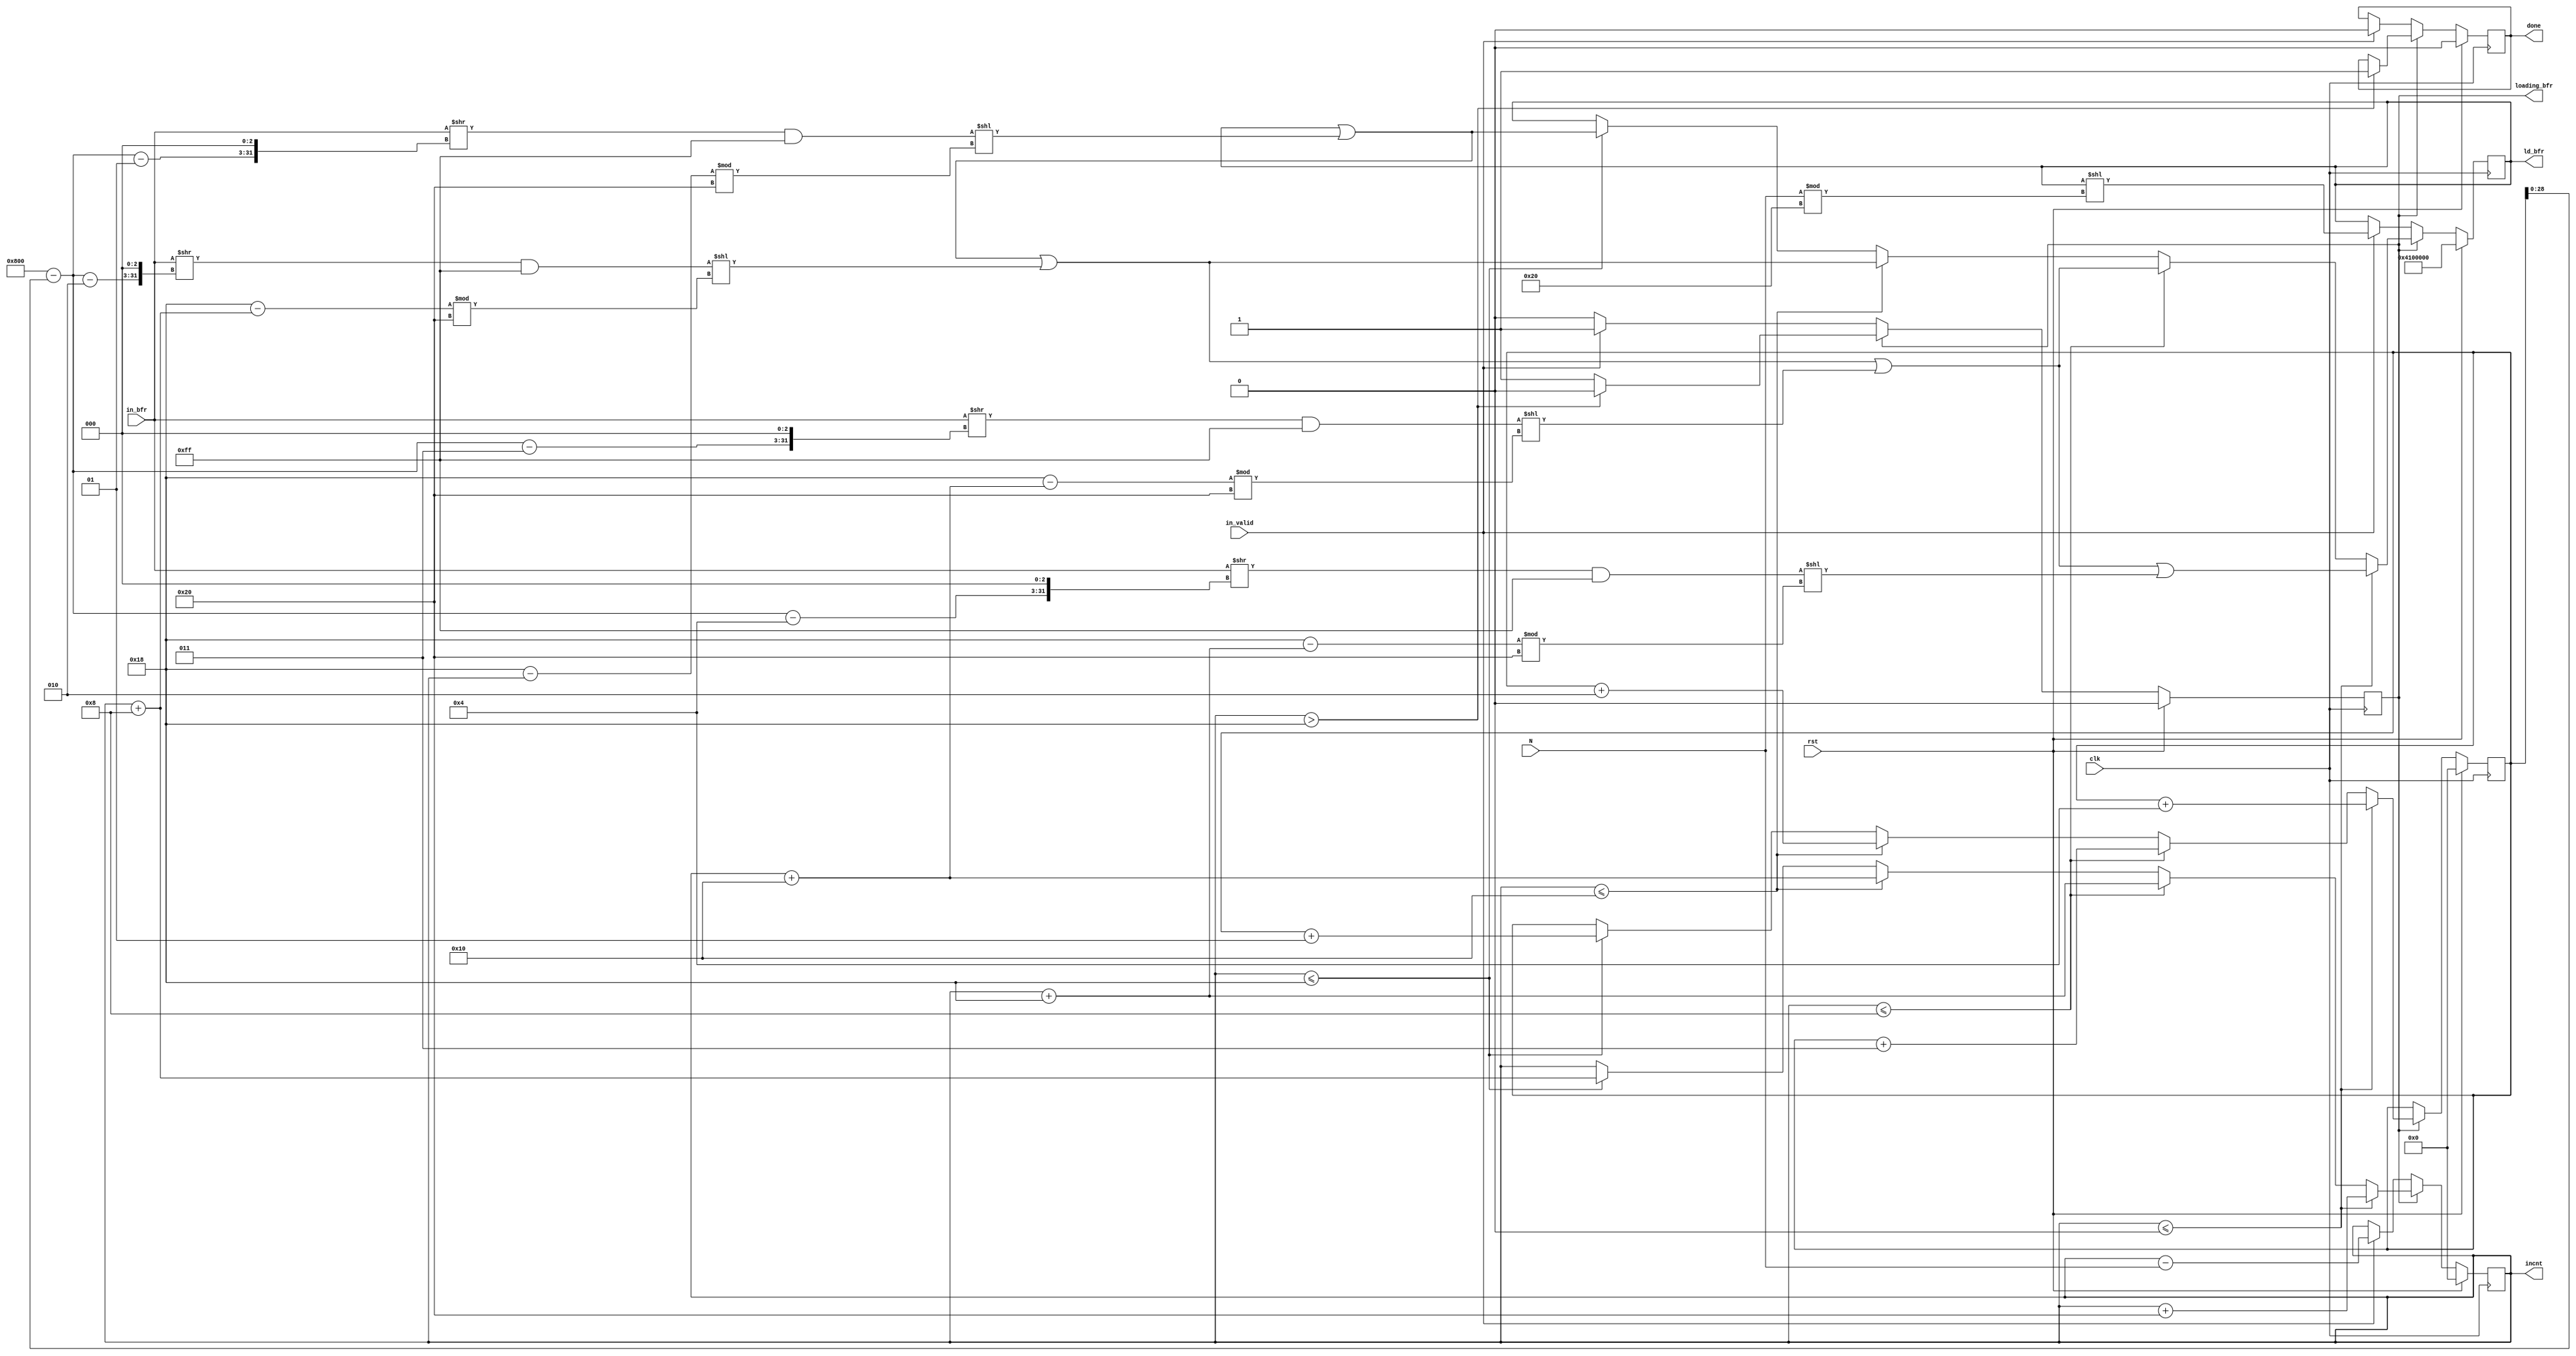
module flushbuffer#(
  parameter BYTES = 2048
)(
  clk, 
  rst,
  N,
  in_valid,  
  in_bfr,
  loading_bfr,
  ld_bfr, 
  incnt,
  done
);
  localparam BITS = BYTES << 3;

  input wire clk;
  input wire rst;

  input wire [31:0] N;
  input wire in_valid;
  input wire[BITS - 1:0] in_bfr;

  output reg loading_bfr;
  output reg[31:0] ld_bfr;
  output reg signed [31:0] incnt;
  output reg done;

  
  integer bytes_read;

  wire [31:0] byte0, byte1, byte2, byte3;
  
 
  always @(posedge clk) begin
    $display("in_valid: %d, bytes_read: %d, lb: %h", in_valid, bytes_read, ld_bfr);
    //$display("%d, %d, %d, %d", byte0, byte1, byte2, byte3);
    //$display("inbfr: %h", in_bfr);


    if (rst) begin
      //$display("rst");
      ld_bfr <= 32'h4100000;
      incnt <= 32'b0;
      done <= 1'b0;

      bytes_read <= 32'b0;
      loading_bfr <= 1'b0;
    end
    else if (loading_bfr) begin
      if (incnt > 24) begin
      //  $display("Perhaps done loading");

        done <= 1'b1;
        loading_bfr <= 1'b0;
      end
      
      $display("incnt: %d", incnt);

      if (incnt <= 0) begin
        ld_bfr <= ld_bfr | (byte0 << ((24 - incnt) % 32)) | (byte1 << ((24 - (incnt + 8)) % 32)) | (byte2 << ((24 - (incnt + 16)) % 32)) | (byte3 << ((24 - (incnt + 24)) % 32));

        incnt <= incnt + 32;
        bytes_read <= bytes_read + 4;

      end
      else if (incnt <= 8) begin
        ld_bfr <= ld_bfr | (byte0 << ((24 - incnt) % 32)) | (byte1 << ((24 - (incnt + 8)) % 32)) | (byte2 << ((24 - (incnt + 16)) % 32));

        incnt <= incnt + 24;
        bytes_read <= bytes_read + 3;
      end
           else if (incnt <= 16) begin
             ld_bfr <= ld_bfr | (byte0 << ((24 - incnt) % 32)) | (byte1 << ((24 - (incnt + 8)) % 32));

             incnt <= incnt + 16;
             bytes_read <= bytes_read + 2;
           end

                else if (incnt <= 24) begin

                  ld_bfr <= ld_bfr | (byte0 << ((24 - incnt) % 32));

                  incnt <= incnt + 8;
                  bytes_read <= bytes_read + 1;                  
                end

    end
    else if (in_valid) begin // this should be last
      $display("starting new flush for N: %d", N);
      // TODO: figure out how to mark inCnt as invalid
      // also deal with clock cycle delay between assigning incnt and getting incnt...
      //$display("incnt: %d, (N mod 32): %d", incnt, N % 32);
      ld_bfr <= (ld_bfr << (N % 32));
      incnt <= incnt - N;
      loading_bfr <= 1'b1;      
      done <= 0;
    end

  end // always @ (posedge clk)
  assign byte0 = (in_bfr >> ((BYTES - bytes_read - 1) << 3)) & 32'hff;
  assign byte1 = (in_bfr >> ((BYTES - bytes_read - 2) << 3)) & 32'hff;
  assign byte2 = (in_bfr >> ((BYTES - bytes_read - 3) << 3)) & 32'hff;
  assign byte3 = (in_bfr >> ((BYTES - bytes_read - 4) << 3)) & 32'hff;

endmodule

/*
// INITIALIZE FLUSH_BUFFER WITH IN_INCNT AS 0.
// in_incnt should be a reg that gets set to out_incnt from top module whenever
// flushbuffer = done
module test_flush_buf(input wire clk);

  reg rst;
  reg [31:0] N;
  reg in_valid;
  reg [16383:0] in_bfr;
  reg loading_bfr;
  reg [31:0] out_ld_bfr;
  reg [31:0] out_incnt;
  reg done;

  reg [4:0] state;


  integer ctr;


  initial begin
    in_bfr = 16384'h006878304820a0c0c04038f8f85888e0c8d0b0486028b8a0202078a8402048b8d8f000d8c0407030a09828b02020f8c86818d8f080b048e8f0b8307830c040a8a080a0a0e8d06878e87808b878c840a0c8e040a8287850681000087890885090481880d8d81850104020c870809058187078206848b01810b83818c8989830308850f008d8c8f020a870303828c0e82030e8e8200058d018f0487860f888e0d008b8c0905830908870c060f0c8a0b8a01830d09880b8b89090a8f090a0a8303018c89078d0386048305850c8f8d0f828887020080850c02820e038c0c83838e8c8507808b8d8e850a88020d88868f8a8f808c0a8c038f0c0d0887830e070a850c060507878107830a8a8a0e080184818f8f098a0d038c0385880c08880d0702840c020b05038a8d018a8a8f8f088602038b808881000b028002068a03858e83800f0b8e85820b000d8f8b828105008d040e048284848905090788840b8a088103068e8686848d048c0b82838e848a05098e8f820e02800a8186070a0980820a068d02018f808f8907810c05898b0c8a098a060a8f010f8b018d8003850f860088020c06830d0f0b8805038c00070b0306038183818201860500040703018583898e0a0c0b848f88008086868c8308888d0905028886008d0a068a0504060b09008385858d07830f0f060f8c06880f81868484078f8c030c020509010506070b83850f8e80028f838c020c060f83088e05000c0806878d08000b0d808c0601028b860204850c06868880010a018683008189878804820b0706878102090a038f000e8b81810d0c8f0c8c8687018d080a8f840987840e080d078d810983090f05090e030a0c0f800807880a0e8a8d0707068b808c038b02860404868d898d85098b8d820382040f098f0a88808e8a88058488008c03078702090d0c0d810b0a8a0a858883808400050d868405058d04050c81878a0504838d8183848284800388838c84888584888f000b0b098c0f8e0f0480870e8c8781000283040482088689810f0b850009820b0807800a02840702850309060a8009848b8885898b830589860d8f0b8c888406870e800d0b08070f890f878700078f058585808f8500840d8f038389070d0904810a088d8b0703808a8684828b05828781828386828a0e8a0189090e87890706088b0088070b86078407000b85048b850904878c8a8201800904818f8189848800008e02048483070e810f0184020e878a8c89870089000787000709048a018d87080e09868882800109030f88830405898d0f81070e0b8a828a840f89068c8909810a8c0f0604888d8880020c070f0a0f8b81030e858a01068b0908818f0b8a008102038b090a8a838585868f8b860208058e0f02078d8880848506878982060e850e81850c8d0d8b8103828d8d08078101050c89068a0481888b020c07888501058d0a010e8281890d0201058c030b09818a0205018f050a098a080505828b8d09030c8c830709068e090e0c808e0f02098e8100850b828b8f84008e810585808788030f058406868f860f0c098d03898f08808d81870a8588850e088982818f8d8988860e040503838480818409018d0d8807860a8789870e88850486098d048d840787830e848b8b030e8c8b878487080f8a0a8d89850b0703098704028c8e850a038d8c0a8482840d020e0f01868e8f0a818f820509890a0707860f040a0f8f89830705880e8f0f0e8a8782098b068105098f0e080103020d80868f8b8d0d87850d080387028b810e0a898f83890a8e008a8508898306000b858c018108000b098286048c000208018f030f8b07810a8e04808c830b070e0a00898401010f0e040908050b828e8c870f81870b0808038289818b878684840c830e00038e820f0b8686820c0c8c8409848d8d85000500000a0782888f0207898d838701018087868c090b008106068a850c0e870703858b0f020b0f850b018e0c008b0a810e8f810106880e80020f07020b8b838e850901048f0d040b0f010881050c01848d83850d82090481840f800e0482088e8f04820588068100820c0e00898f8e000b0301068d8b018f0c850f8d080c84808988050785098e8c8a85810b0e82848d0e870f07050b0b010487820b8e05018b000d01038701078a018d88088c098f878a038c0e0008870700808b8a858a078a0f0a82028a858081018686830f888489080a0d858f078e848c0c8f8c030f068d02868108050e0e03838782818b010b818b0e0a810b86888c8a8d078c8e028d01070a0c0e04028e87818e8a85058906848c070007068e0e8a070d0b0d838e0e0a06838b0d8c018d0082838f80878b88028a838b8c0886048d80840483810b0901080b088d07810b8e0a0d89058d0c8906098c8e0d0f0780868b870a8c8704800c000287888702898389020e0f020c038c8108868c0c000000008e868f058c008a8d8d0b8e0f0489848a8b8b0d830905020b8d070a05858089090789830c8a87008a0d8f080688090f840a888f0a03888d85038c02040805020206058c89848a01080c8a09070107098388838d80818c090b0c830482848f07878a0509890d8e0982890a058b8b8c08000c84870d0f8980098082810a89840b05818e8882098e8d0c0f08800e8c808d868b840c00860b878d05010408888480870b8f878880838e8d0601040a8703020b8e0485880b848a8e0d8a0e840a83098409810c8a83890c04078a80880d8100868208060a0588860381080385810d0c81860f020e8c068a82800c028c860b80848d868e870f80808f8c0982000a8e850f8400818502060f0e830501090c81030582870e858a838a0e81080f83050c8a89848d8e048d098c000e03088a8601098;
    rst = 1'b1;
    ctr = 32'b0;
    in_valid = 0;
    state = 0;

  end

  always @(posedge clk) begin
    ctr <= ctr + 1;
    //$display("ctr: %d, loading_bfr: %d", ctr, loading_bfr);


    if (rst) begin 
      rst <= 1'b0;
      in_valid <= 1'b0;

    end


    if (ctr == 1) begin
      $display("Eventually I get here");

      in_valid <= 1'b1;
      //N <= 32'd5;
      N <= 32'b0;

      state <= 1;

    end


    else if (loading_bfr) begin
      //$display("loading_bfr: %d", loading_bfr);

      in_valid <= 1'b0;
      
    end

    if (ctr > 10) $finish(1);

  end


  flushbuffer fb(.clk(clk), 
                 .rst(rst), 
                 .N(N), 
                 .in_valid(in_valid), 
                 .in_bfr(in_bfr), 
                 .loading_bfr(loading_bfr), 
                 .ld_bfr(out_ld_bfr), 
                 .incnt(out_incnt), 
                 .done(done)
                 );


endmodule // test_flush_buf


test_flush_buf tfb(clock.val);
*/